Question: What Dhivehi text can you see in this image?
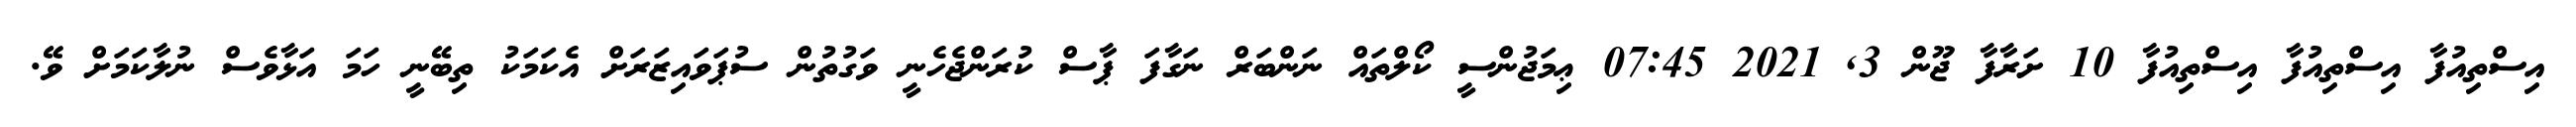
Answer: އިސްތިއުފާ އިސްތިއުފާ އިސްތިއުފާ 10 ށަރާފާ ޖޫން 3, 2021 07:45 ޢިމަޖުންސީ ކޯލްތައް ނަންބަރް ނަގާފަ ޕާސް ކުރަންޖެހެނީ ވަގުތުން ސުޕަވައިޒަރަށް އެކަމަކު ތިބޭނީ ހަމަ އަޅާވެސް ނުލާކަމަށް ވޭ.